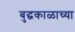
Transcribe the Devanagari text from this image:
बुद्धकाळाच्या